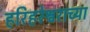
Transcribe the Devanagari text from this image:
हरिहरेश्वराच्या